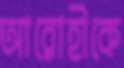
আরোহীকে